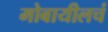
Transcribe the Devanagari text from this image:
मोबायीलचं